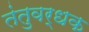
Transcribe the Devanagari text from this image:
तंतुवर्धक